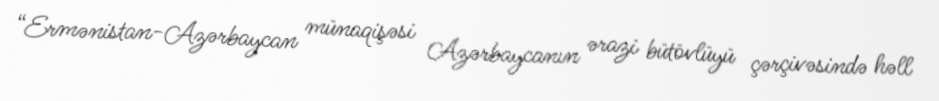
“Ermənistan-Azərbaycan münaqişəsi Azərbaycanın ərazi bütövlüyü çərçivəsində həll